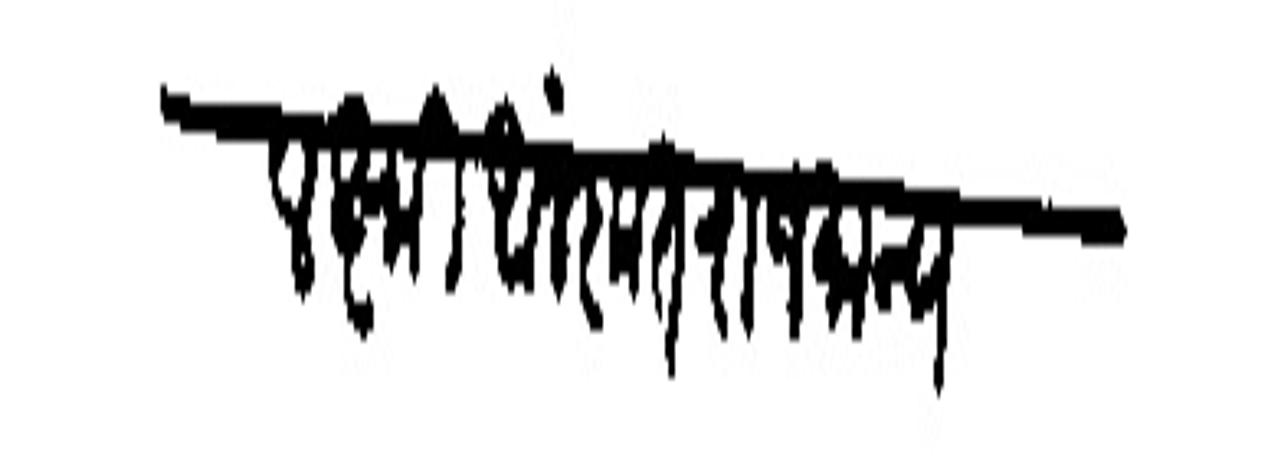
Transliteration (Devanagari): लक्ष्मी आलंकृत राजमान्य